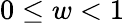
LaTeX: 0\leq w<1